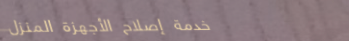
خدمة إصلاح الأجهزة المنزل